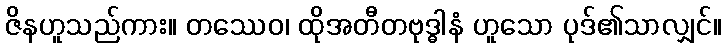
ဇိနဟူသည်ကား။ တဿေဝ၊ ထိုအတီတဗုဒ္ဓါနံ ဟူသော ပုဒ်၏သာလျှင်။